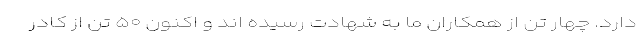
دارد. چهار تن از همکاران ما به شهادت رسیده اند و اکنون ۵۰ تن از کادر